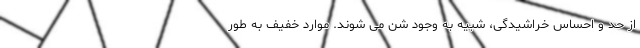
از حد و احساس خراشیدگی، شبیه به وجود شن می شوند. موارد خفیف به طور